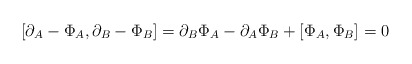
\begin{align*}[\partial_A-\Phi_A,\partial_B-\Phi_B]=\partial_B\Phi_A-\partial_A\Phi_B+[\Phi_A,\Phi_B]=0\end{align*}